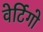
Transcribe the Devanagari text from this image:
वेर्टिगो